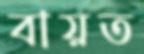
বায়ত